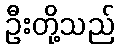
ဦးတို့သည်